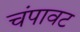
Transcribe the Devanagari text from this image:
चंपावट